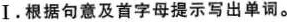
Ⅰ.根据句意及首字母提示写出单词。